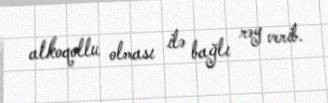
alkoqollu olması ilə bağlı rəy verib.